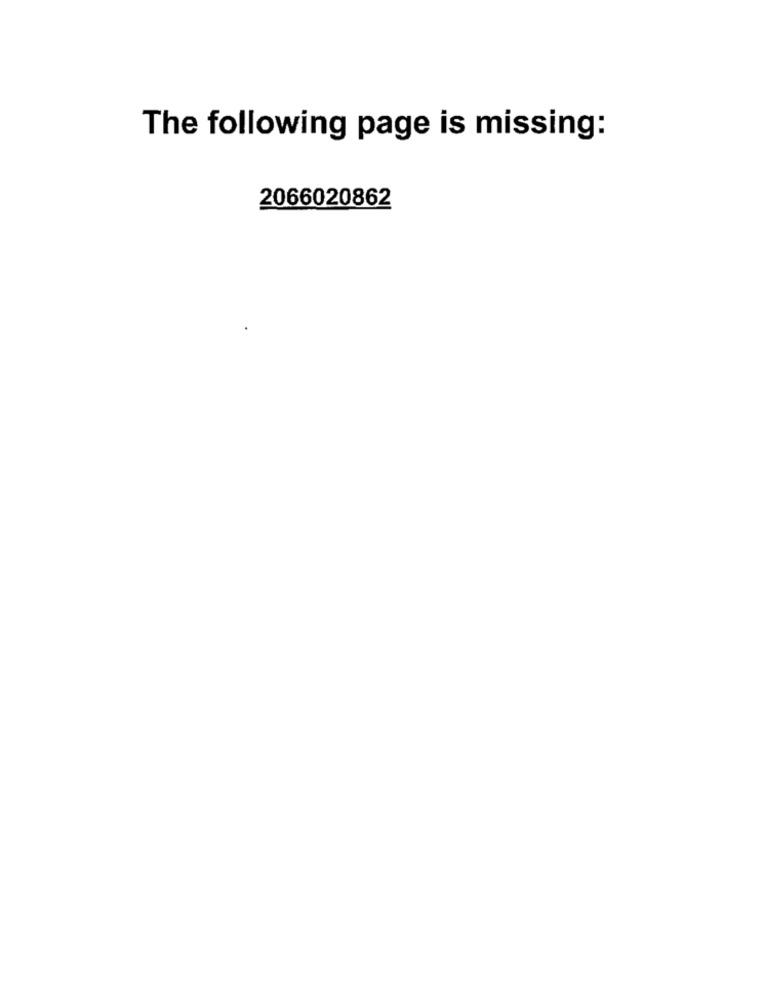
The following page is missing:
2066020862